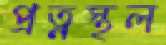
প্রত্নস্থল